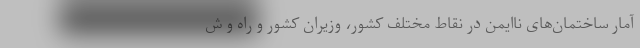
آمار ساختمان‌های ناایمن در نقاط مختلف کشور، وزیران کشور و راه و ش